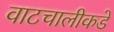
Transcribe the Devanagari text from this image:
वाटचालीकडे